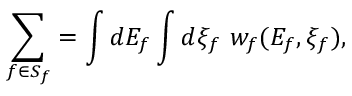
\sum _ { f \in S _ { f } } = \int d E _ { f } \int d \xi _ { f } \ w _ { f } ( E _ { f } , \xi _ { f } ) ,